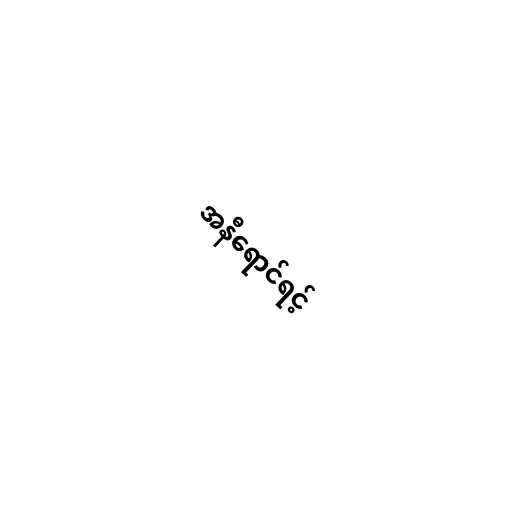
အနီရောင်ရင့်